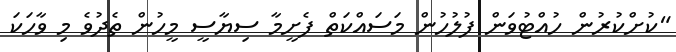
"ކުށްކުރުން ހުއްޓުވަން ފުލުހުން މަސައްކަތް ފެށީމާ ސިޔާސީ މީހުން ތެދުވެ މި ވާހަކަ